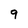
Character: 9